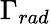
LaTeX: \Gamma_{rad}